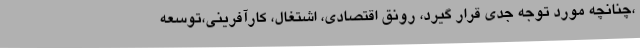
،چنانچه مورد توجه جدی قرار گیرد، رونق اقتصادی، اشتغال، کارآفرینی،توسعه